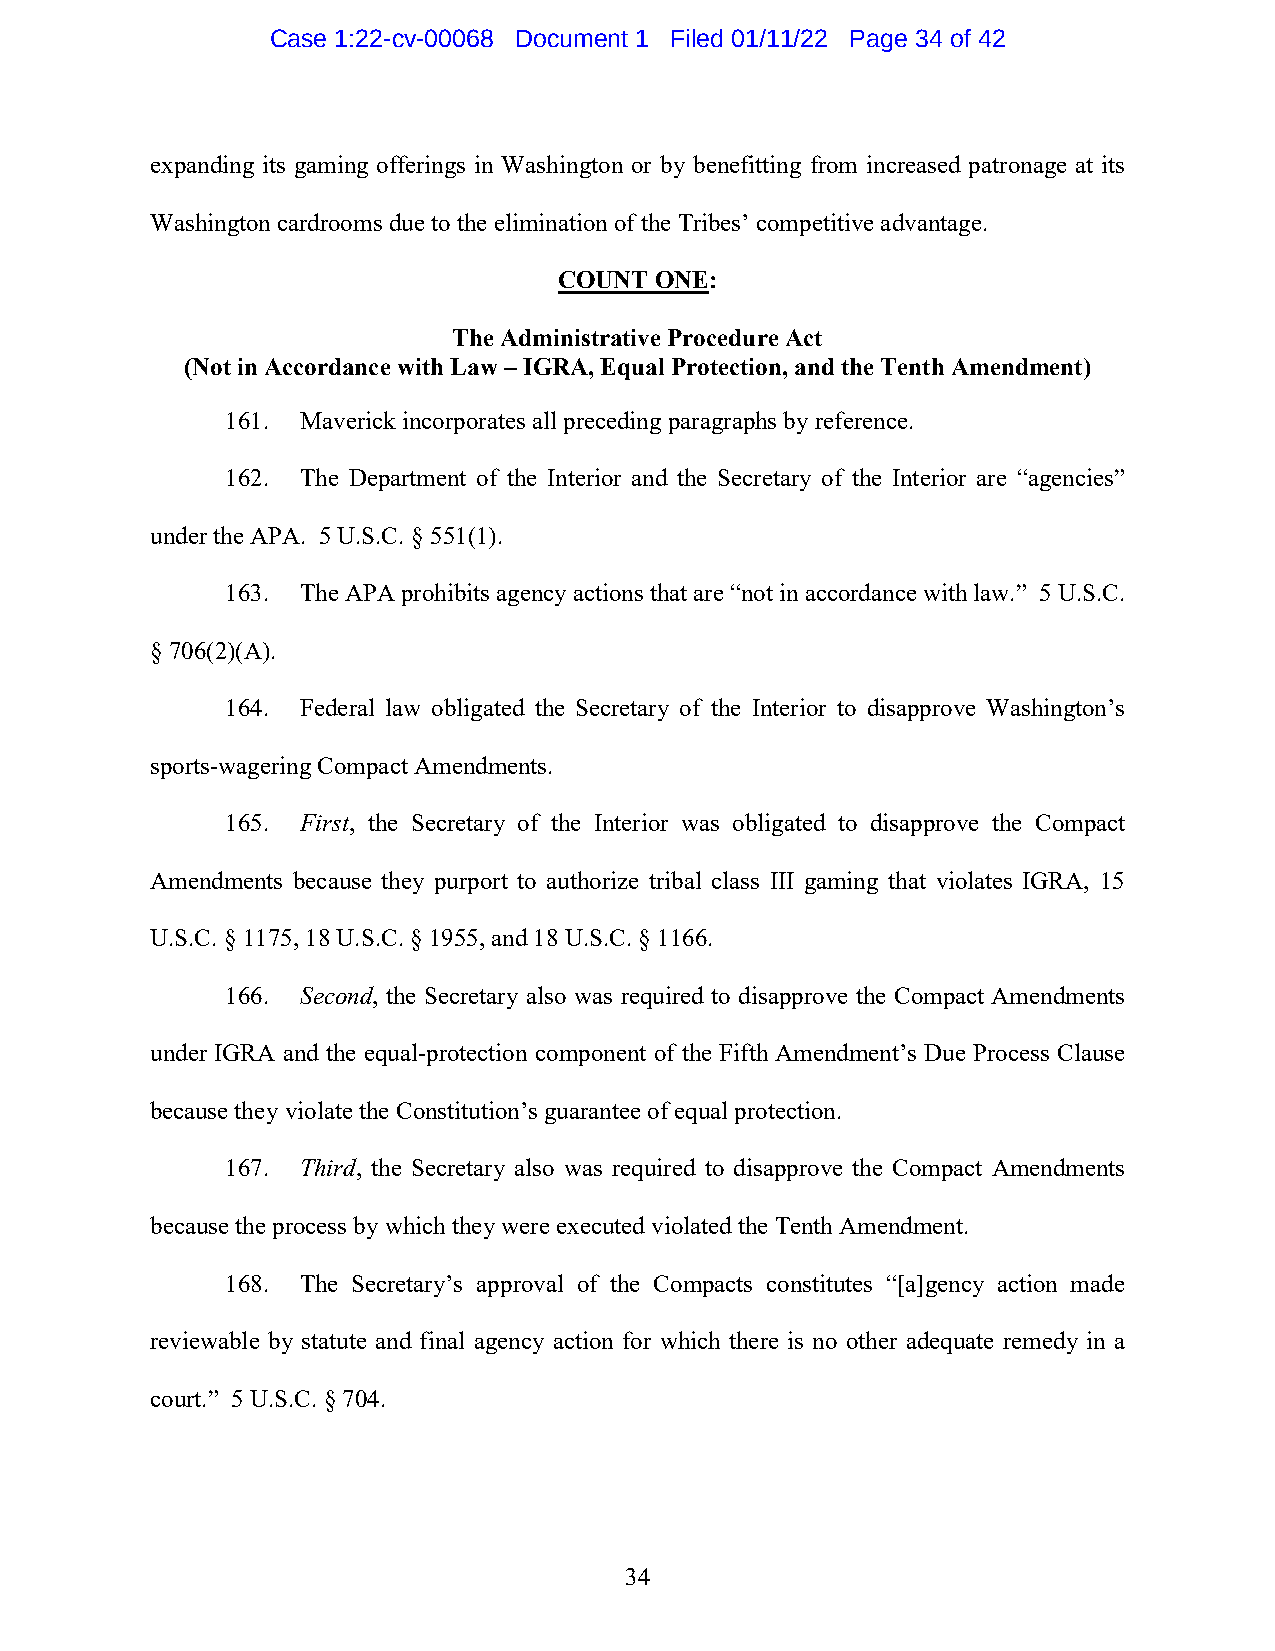
Case 1:22-cv-00068 Document 1 Filed 01/11/22 Page 34 of 42
 expanding its gaming offerings in Washington or by benefitting from increased patronage at its
 Washington cardrooms due to the elimination of the Tribes’ competitive advantage.
 COUNT ONE:
 The Administrative Procedure Act
 (Not in Accordance with Law – IGRA, Equal Protection, and the Tenth Amendment)
 161. Maverick incorporates all preceding paragraphs by reference.
 162. The Department of the Interior and the Secretary of the Interior are “agencies”
 under the APA. 5 U.S.C. § 551(1).
 163. The APA prohibits agency actions that are “not in accordance with law.” 5 U.S.C.
 § 706(2)(A).
 164. Federal law obligated the Secretary of the Interior to disapprove Washington’s
 sports-wagering Compact Amendments.
 165. First, the Secretary of the Interior was obligated to disapprove the Compact
 Amendments because they purport to authorize tribal class III gaming that violates IGRA, 15
 U.S.C. § 1175, 18 U.S.C. § 1955, and 18 U.S.C. § 1166.
 166. Second, the Secretary also was required to disapprove the Compact Amendments
 under IGRA and the equal-protection component of the Fifth Amendment’s Due Process Clause
 because they violate the Constitution’s guarantee of equal protection.
 167. Third, the Secretary also was required to disapprove the Compact Amendments
 because the process by which they were executed violated the Tenth Amendment.
 168. The Secretary’s approval of the Compacts constitutes “[a]gency action made
 reviewable by statute and final agency action for which there is no other adequate remedy in a
 court.” 5 U.S.C. § 704.
 34